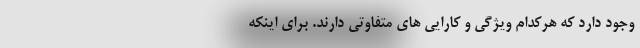
وجود دارد که هرکدام ویژگی و کارایی های متفاوتی دارند. برای اینکه